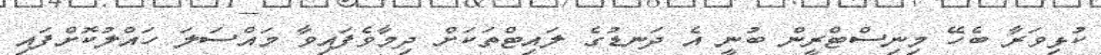
ކުޅިވަރާ ބެހޭ މިނިސްޓްރީން ބުނީ އެ ދަނޑުގެ ލައިޓްތަކަށް ދިމާވެފައިވާ މައްސަލަ ހައްލުކޮށްފައި